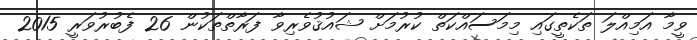
ވީމާ އަމިއްލަ ތަކެތީގައި މިމަސައްކަތް ކުރުމަށް ޝައުޤުވެރިވާ ފަރާތްތަކުން 26 ފެބުރުވަރީ 2015